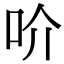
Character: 吤